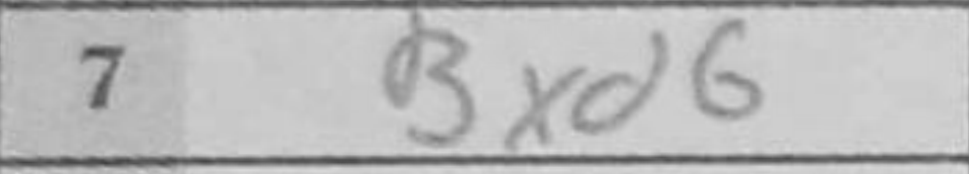
Transcription: Bxd6